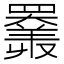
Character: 𦌩